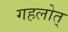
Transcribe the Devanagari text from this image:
गहलोत्